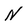
Character: N